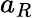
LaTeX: a_{R}